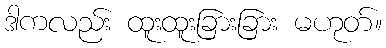
ဒါကလည်း ထူးထူးခြားခြား မဟုတ်။